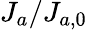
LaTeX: J_{a}/J_{a,0}